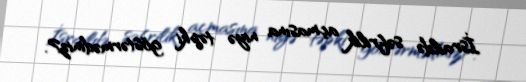
İsraildə səfrilik açmasına niyə təpki göstərmədiniz?.